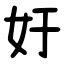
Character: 㚥